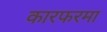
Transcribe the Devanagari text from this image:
कारफरमा